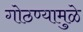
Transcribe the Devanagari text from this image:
गोठण्यामुळे